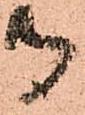
守